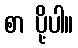
စာ ပို့ပါ။